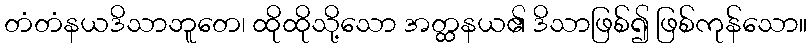
တံတံနယဒိသာဘူတေ၊ ထိုထိုသို့သော အတ္ထနယ၏ ဒိသာဖြစ်၍ ဖြစ်ကုန်သော။